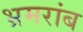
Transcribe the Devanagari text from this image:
भ्रमरांब